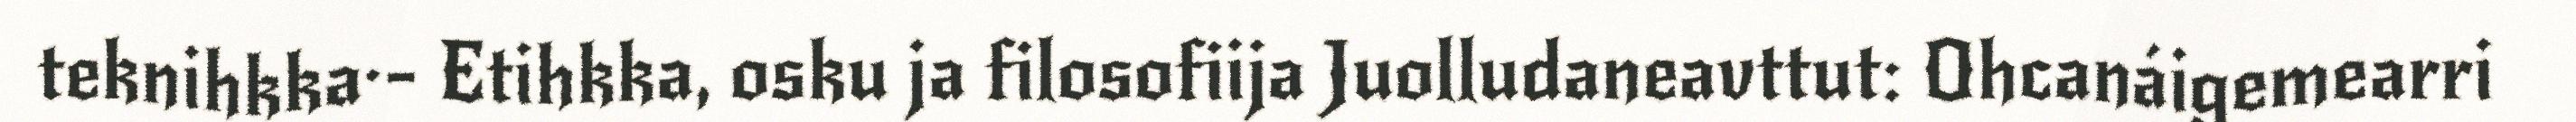
teknihkka·- Etihkka, osku ja filosofiija Juolludaneavttut: Ohcanáigemearri